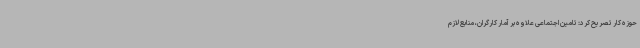
حوزه کار تصریح کرد: تامین اجتماعی علاوه بر آمار کارگران، منابع لازم